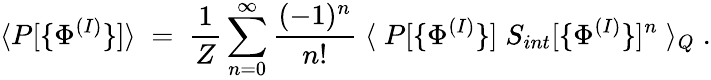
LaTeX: \langle P[\{ \Phi^{(I)}\} ]\rangle\; =\; \frac{1}{Z}\sum_{n=0}^{\infty}\frac{(-1)^{n}}{n!}\; \langle\; P[\{ \Phi^{(I)}\} ]\; S_{int}[\{ \Phi^{(I)}\} ]^{n}\; \rangle_{Q}\; .